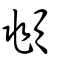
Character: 頫